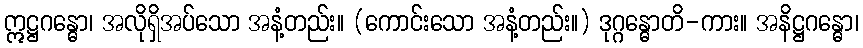
ဣဋ္ဌဂန္ဓော၊ အလိုရှိအပ်သော အနံ့တည်း။ (ကောင်းသော အနံ့တည်း။) ဒုဂ္ဂန္ဓောတိ-ကား။ အနိဋ္ဌဂန္ဓော၊